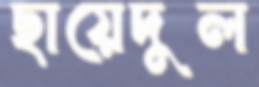
ছায়েদুল